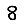
Digit: 8